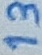
Text: 13